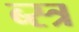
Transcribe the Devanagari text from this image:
ब्स्त्र